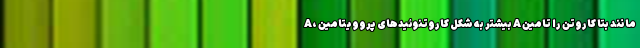
A، بیشتر به شکل کاروتنوئیدهای پروویتامین A مانند بتا کاروتن را تامین